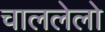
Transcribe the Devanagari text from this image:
चाललेलो